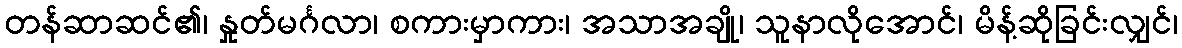
တန်ဆာဆင်၏၊ နှုတ်မင်္ဂလာ၊ စကားမှာကား၊ အသာအချို၊ သူနာလိုအောင်၊ မိန့်ဆိုခြင်းလျှင်၊